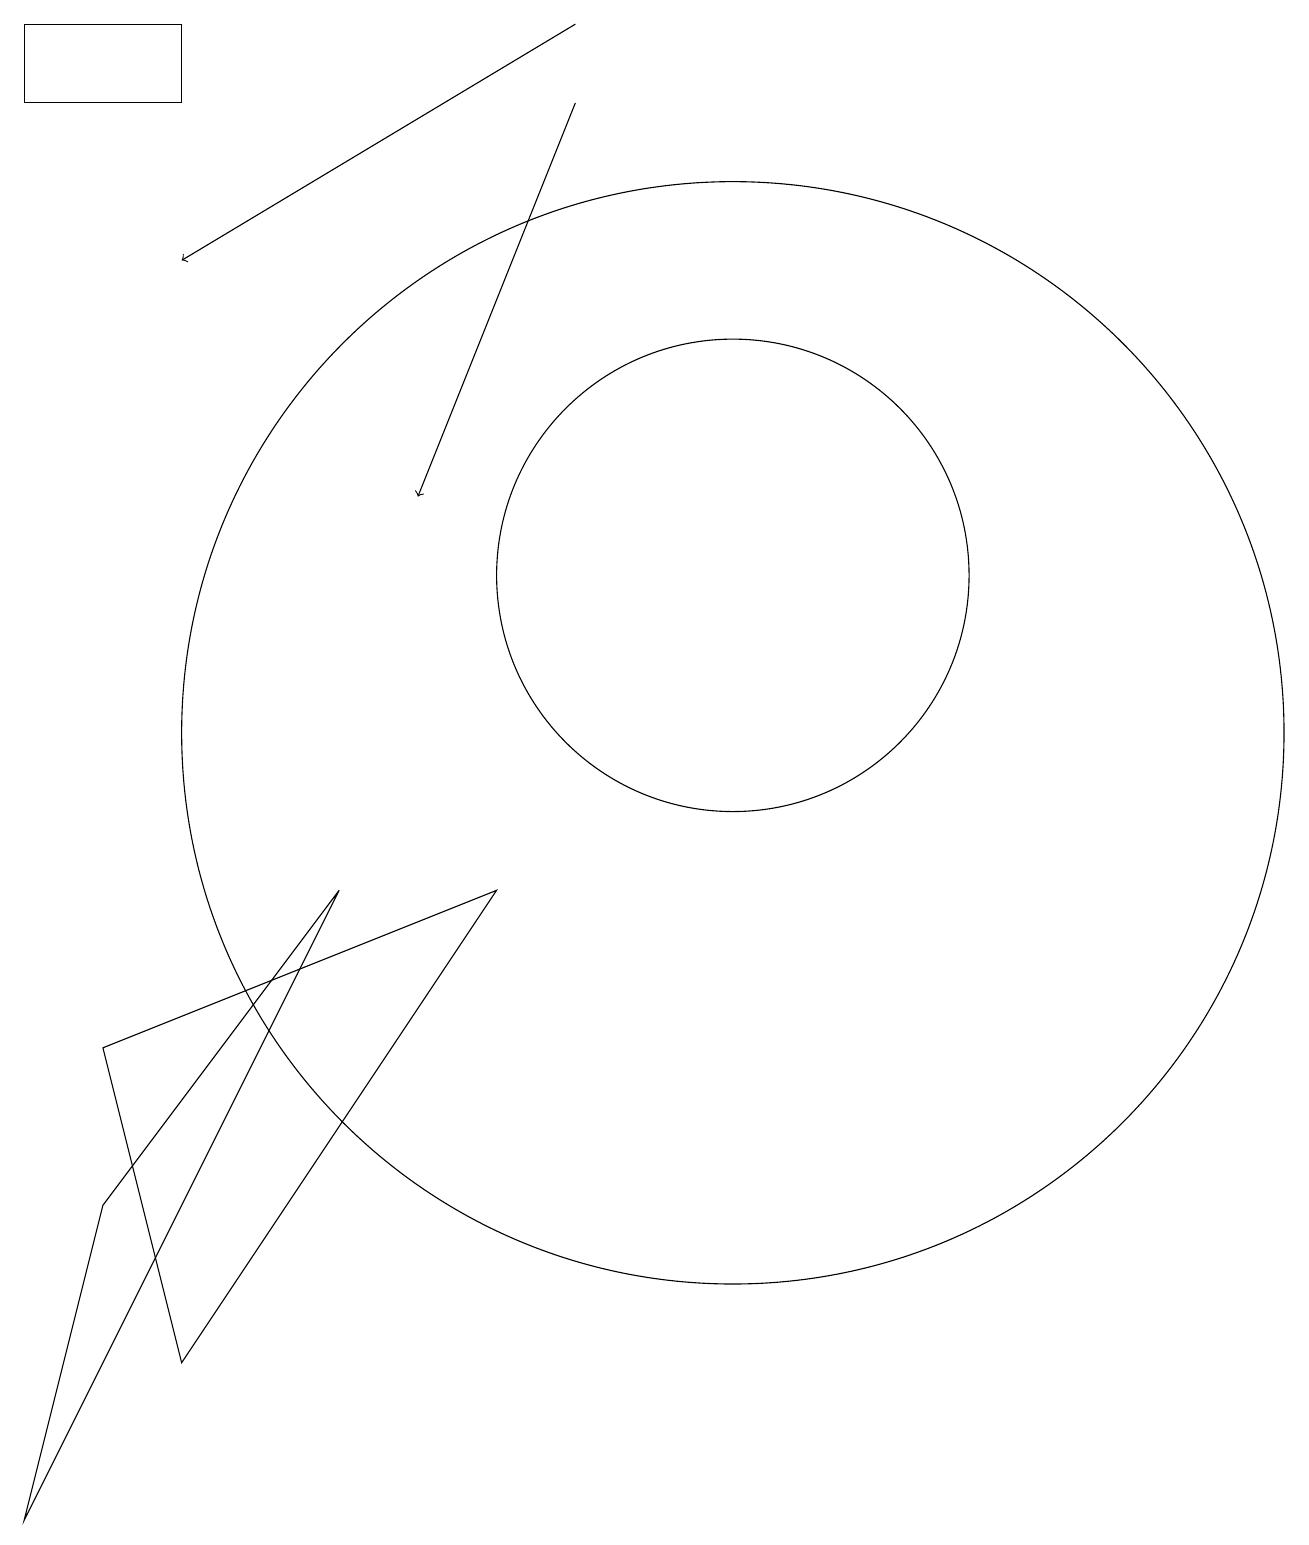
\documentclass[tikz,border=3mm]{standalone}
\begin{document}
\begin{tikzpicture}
\draw (10,12) circle (3);
\draw (2,4) -- (5,8) -- (1,0) -- cycle;
\draw (3,2) -- (2,6) -- (7,8) -- cycle;
\draw (10,10) circle (7);
\draw[->] (8,18) -- (6,13);
\draw (1,18) rectangle (3,19);
\draw[->] (8,19) -- (3,16);
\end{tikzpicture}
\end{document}